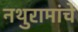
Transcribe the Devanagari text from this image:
नथुरामांचे